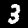
Label: 3